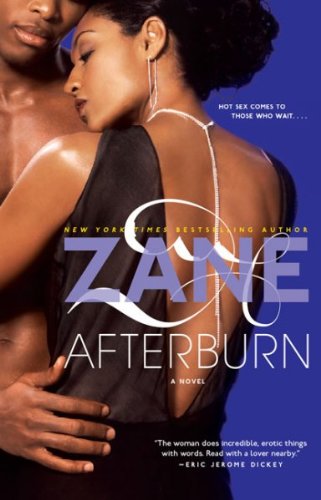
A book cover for Zane's Afterburn: A Novel; Zane; Romance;